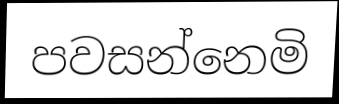
පවසන්නෙමි